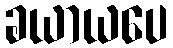
ခယာယပေ